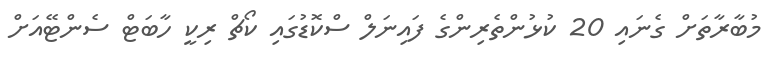
މުބާރާތަށް ގެނައި 20 ކުޅުންތެރިންގެ ފައިނަލް ސްކޮޑުގައި ކޯޗް ރިކީ ހާބަޓް ސެންޓޭއަށް